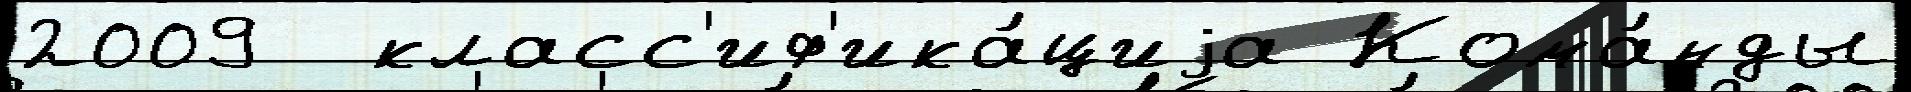
2009  класс'иф'ика́циjа Кома́нды